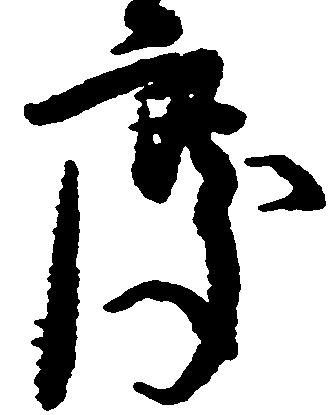
度